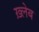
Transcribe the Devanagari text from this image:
ख़्लेब